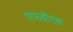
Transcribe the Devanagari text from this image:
एफडीएस